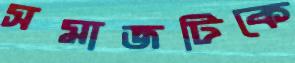
সমাজটিকে